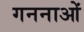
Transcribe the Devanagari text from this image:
गननाओं